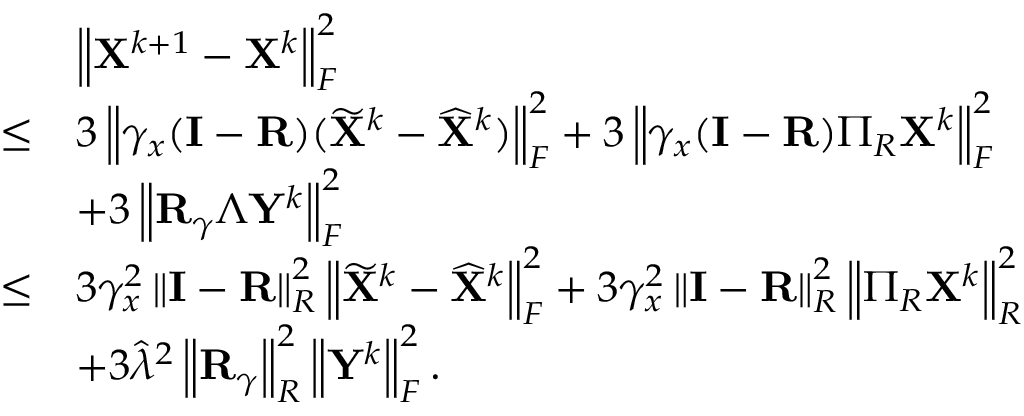
\begin{array} { r l } & { \left\| { \mathbf { X } } ^ { k + 1 } - { \mathbf { X } } ^ { k } \right\| _ { F } ^ { 2 } } \\ { \leq } & { 3 \left\| \gamma _ { x } ( { \mathbf { I } } - { \mathbf { R } } ) ( \widetilde { { \mathbf { X } } } ^ { k } - \widehat { { \mathbf { X } } } ^ { k } ) \right\| _ { F } ^ { 2 } + 3 \left\| \gamma _ { x } ( { \mathbf { I } } - { \mathbf { R } } ) \Pi _ { R } { \mathbf { X } } ^ { k } \right\| _ { F } ^ { 2 } } \\ & { + 3 \left\| { \mathbf { R } } _ { \gamma } \Lambda { \mathbf { Y } } ^ { k } \right\| _ { F } ^ { 2 } } \\ { \leq } & { 3 \gamma _ { x } ^ { 2 } \left\| { \mathbf { I } } - { \mathbf { R } } \right\| _ { R } ^ { 2 } \left\| \widetilde { { \mathbf { X } } } ^ { k } - \widehat { { \mathbf { X } } } ^ { k } \right\| _ { F } ^ { 2 } + 3 \gamma _ { x } ^ { 2 } \left\| { \mathbf { I } } - { \mathbf { R } } \right\| _ { R } ^ { 2 } \left\| \Pi _ { R } { \mathbf { X } } ^ { k } \right\| _ { R } ^ { 2 } } \\ & { + 3 \widehat { \lambda } ^ { 2 } \left\| { \mathbf { R } } _ { \gamma } \right\| _ { R } ^ { 2 } \left\| { \mathbf { Y } } ^ { k } \right\| _ { F } ^ { 2 } . } \end{array}